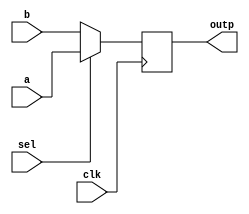
module mux(a,b,sel,outp,clk);

    input [3:0] a;
    input [3:0] b;
    input sel;
    output reg [3:0] outp;
    
    input clk;

    //assign clk = 0;

    always @(posedge clk) begin
        outp <= sel ? a : b;
    end

endmodule